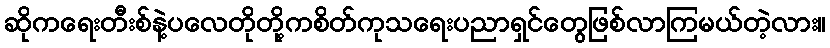
ဆိုကရေးတီးစ်နဲ့ပလေတိုတို့ကစိတ်ကုသရေးပညာရှင်တွေဖြစ်လာကြမယ်တဲ့လား။